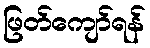
ဖြတ်ကျော်ရန်